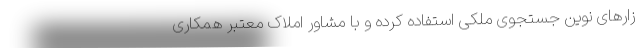
زارهای نوین جستجوی ملکی استفاده کرده و با مشاور املاک معتبر همکاری